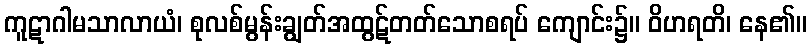
ကူဋာဂါမသာလာယံ၊ စုလစ်မွန်းချွတ်အထွဋ်တတ်သောစရပ် ကျောင်း၌။ ဝိဟရတိ၊ နေ၏။